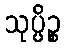
သုပ္ပိဉ္စ